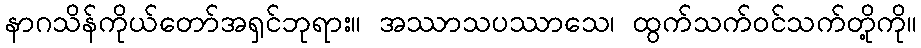
နာဂသိန်ကိုယ်တော်အရှင်ဘုရား။ အဿာသပဿာသေ၊ ထွက်သက်ဝင်သက်တို့ကို။